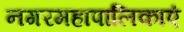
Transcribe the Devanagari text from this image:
नगरमहापालिकाएं